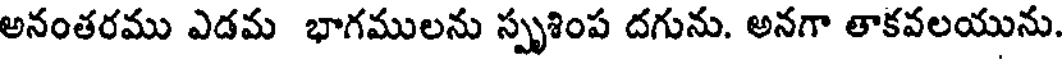
అనంతరము ఎడమ భాగములను స్పృశింప దగును. అనగా తాకవలయును.